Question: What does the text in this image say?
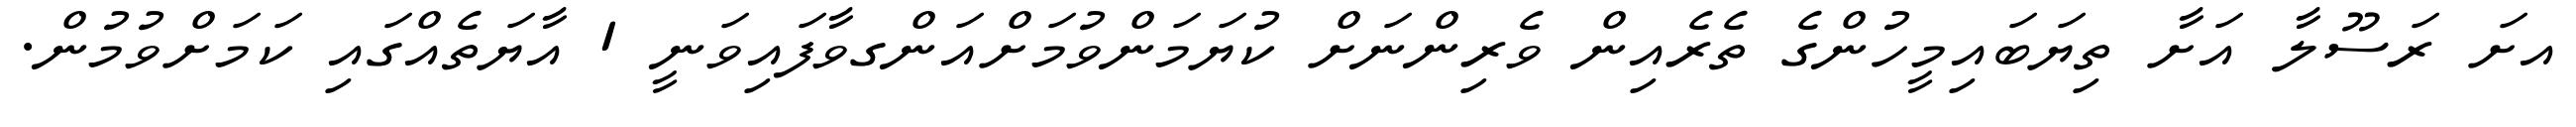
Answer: އށަ ރަސޫލާ އަށާ ތިޔަބައިމީހުންގެ ތެރެއިން ވެރިންނަށް ކުޔަމަންވުމަށްއަންގވާފައިވަނީ 1 އާޔަތެއްގައި ކަމަށްވުމުން.